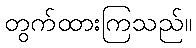
တွက်ထားကြသည်။